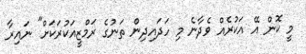
މީ ކޮން އޭ އަކުރެއް ވެދާނެ މި ހަދައިދިން ތަނުގެ ރަމްޒީއަކުރަކަށް" ނައިރާ